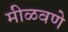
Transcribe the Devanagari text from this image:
मीळवणे